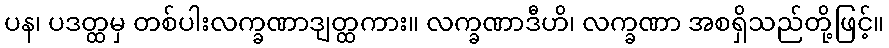
ပန၊ ပဒတ္ထမှ တစ်ပါးလက္ခဏာဒျတ္ထကား။ လက္ခဏာဒီဟိ၊ လက္ခဏာ အစရှိသည်တို့ဖြင့်။